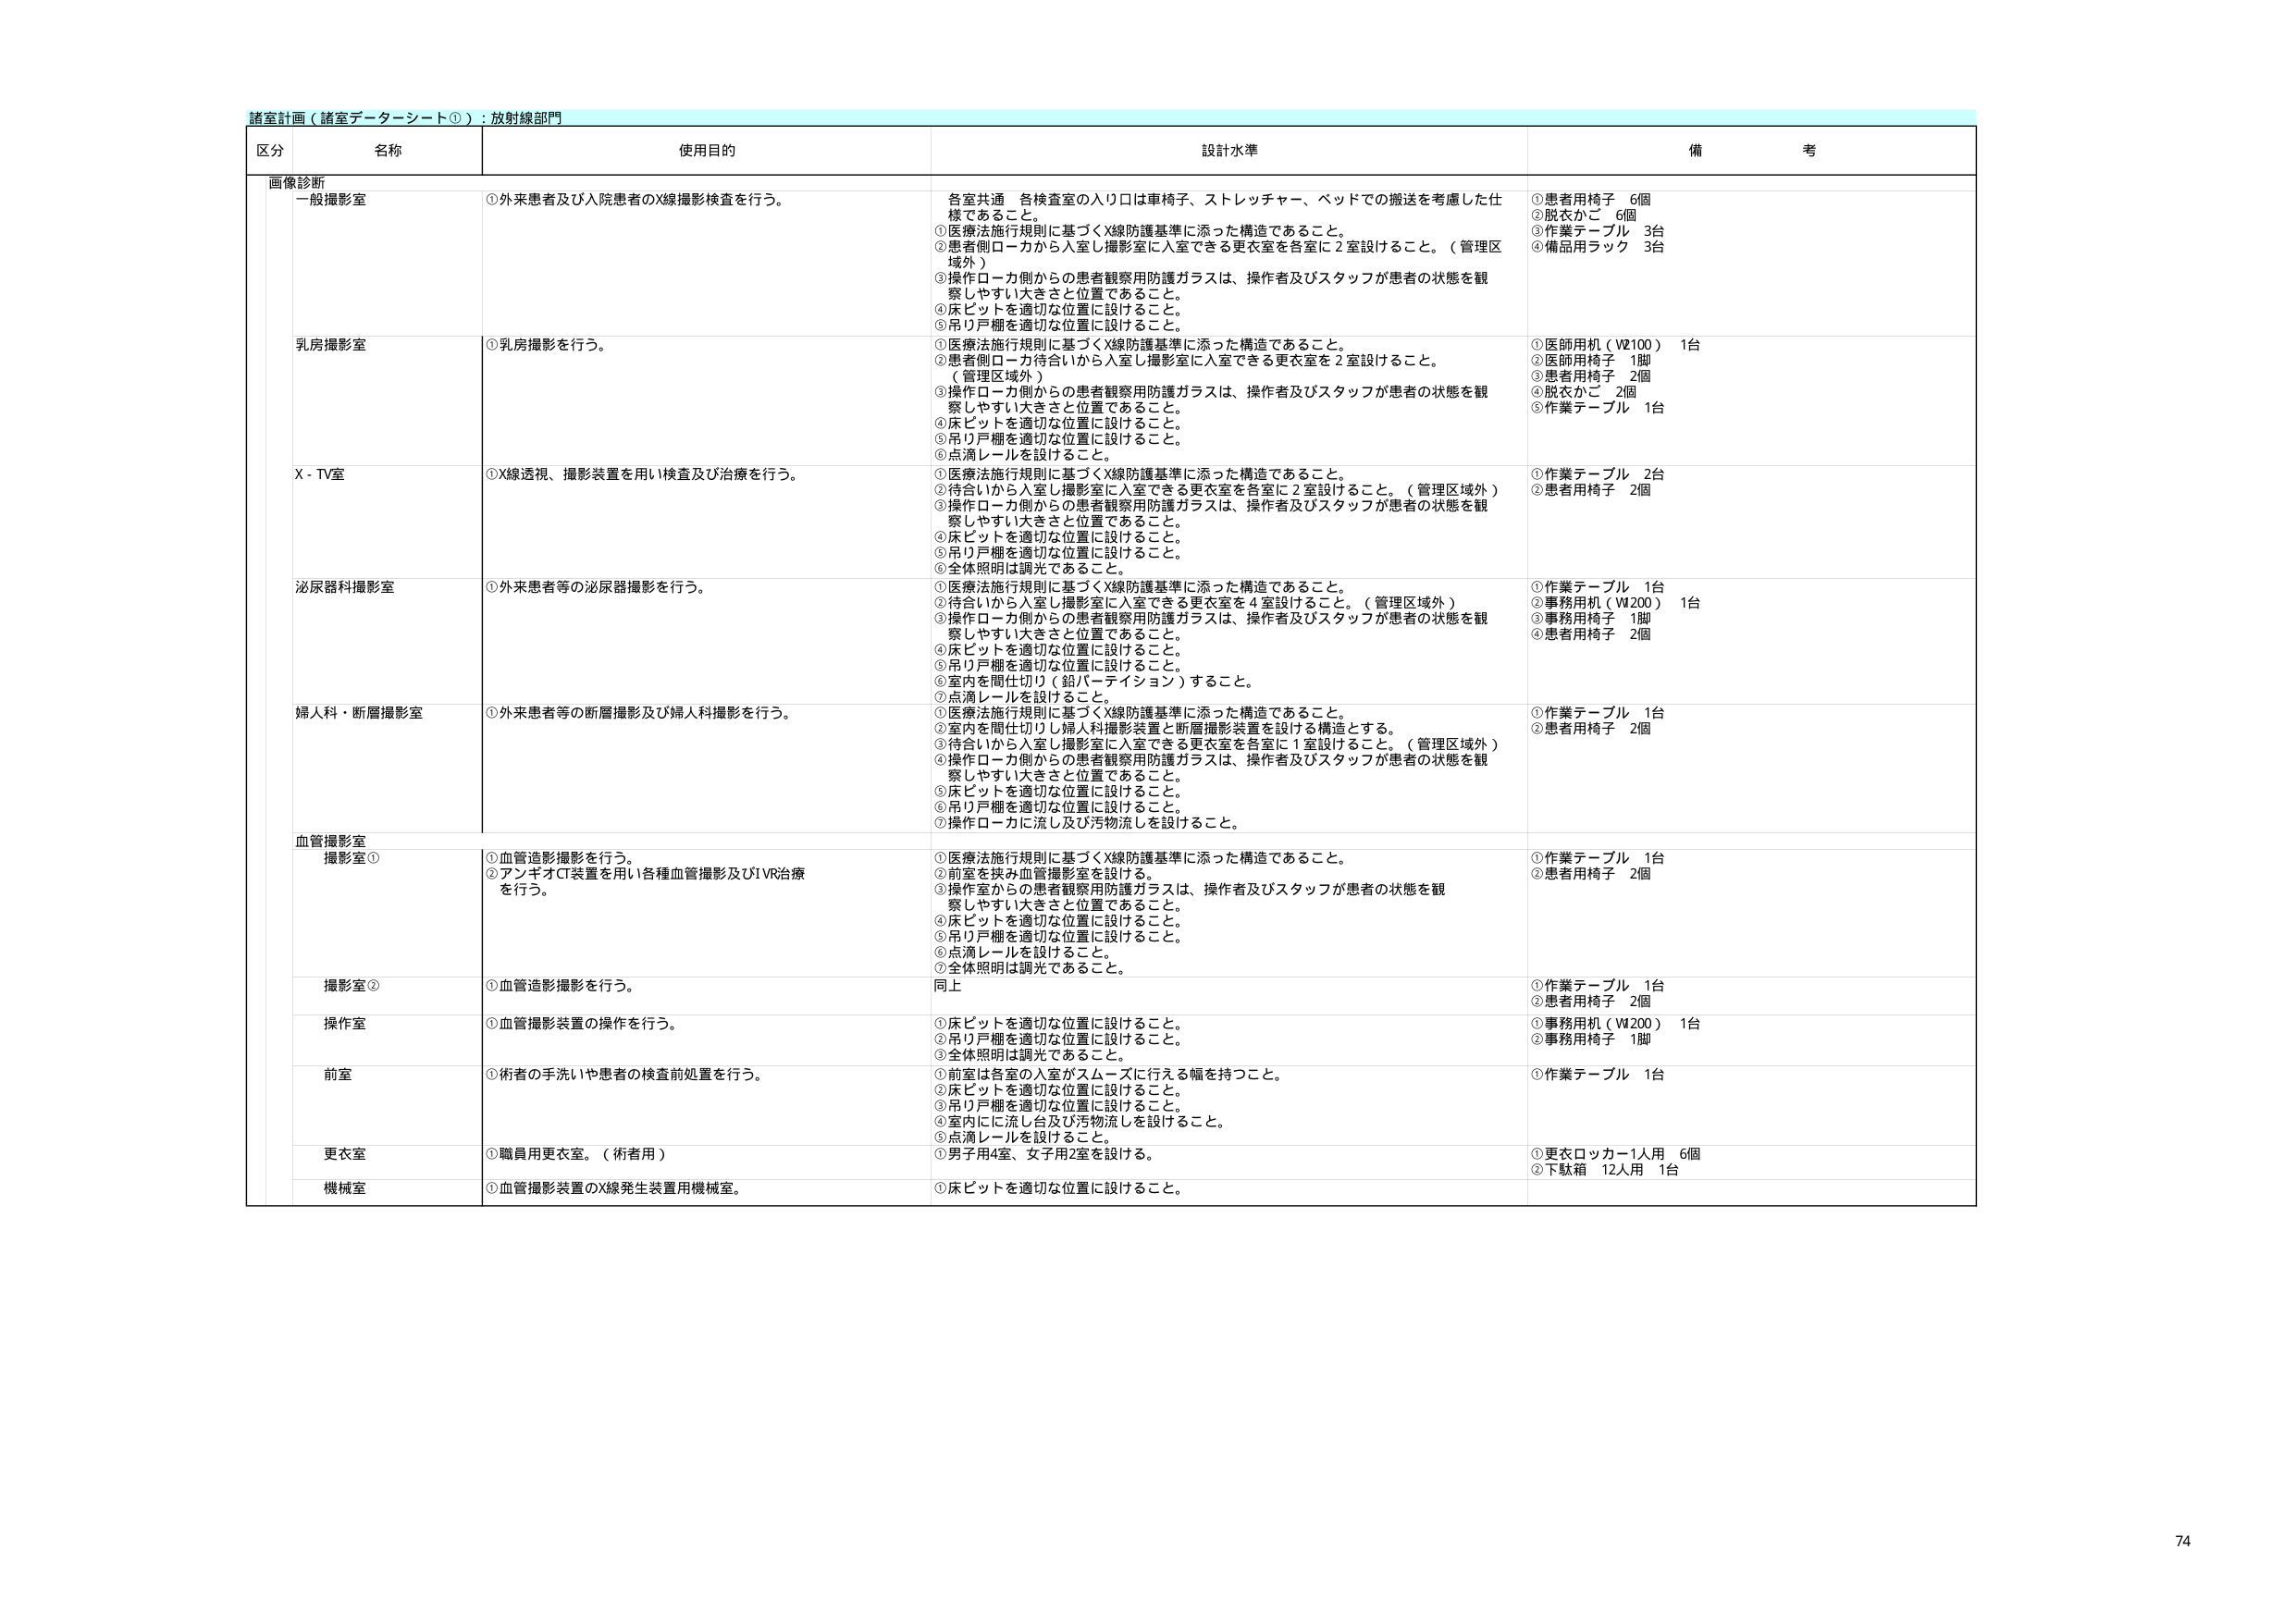
諸室計画（諸室データシート①）：放射線部門

区分 名称 使用目的 設計水準 備考

画像診断
一般撮影室 ①外来患者及び入院患者のX線撮影検査を行う。 各室共通 各検査室の入り口は車椅子、ストレッチャー、ベッドでの搬送を考慮した仕様であること。 ①医療法施行規則に基づくX線防護基準に添った構造であること。 ②患者側ローカから入室し撮影室に入室できる更衣室を各室に2室設けること。（管理区域外） ③操作ローカ側からの患者観察用防護ガラスは、操作者及びスタッフが患者の状態を観察しやすい大きさと位置であること。 ④床ピットを適切な位置に設けること。 ⑤吊り戸棚を適切な位置に設けること。 ①患者用椅子 6個 ②脱衣かご 6個 ③作業テーブル 3台 ④備品用ラック 3台

乳房撮影室 ①乳房撮影を行う。 ①医療法施行規則に基づくX線防護基準に添った構造であること。 ②患者側ローカ待合いから入室し撮影室に入室できる更衣室を2室設けること。（管理区域外） ③操作ローカ側からの患者観察用防護ガラスは、操作者及びスタッフが患者の状態を観察しやすい大きさと位置であること。 ④床ピットを適切な位置に設けること。 ⑤吊り戸棚を適切な位置に設けること。 ⑥点滴レールを設けること。 ①医師用机（V2100） 1台 ②医師用椅子 1脚 ③患者用椅子 2個 ④脱衣かご 2個 ⑤作業テーブル 1台

X-TV室 ①X線透視、撮影装置を用い検査及び治療を行う。 ①医療法施行規則に基づくX線防護基準に添った構造であること。 ②待合いから入室し撮影室に入室できる更衣室を各室に2室設けること。（管理区域外） ③操作ローカ側からの患者観察用防護ガラスは、操作者及びスタッフが患者の状態を観察しやすい大きさと位置であること。 ④床ピットを適切な位置に設けること。 ⑤吊り戸棚を適切な位置に設けること。 ⑥全体照明は調光であること。 ①作業テーブル 2台 ②患者用椅子 2個

泌尿器科撮影室 ①外来患者等の泌尿器撮影を行う。 ①医療法施行規則に基づくX線防護基準に添った構造であること。 ②待合いから入室し撮影室に入室できる更衣室を4室設けること。（管理区域外） ③操作ローカ側からの患者観察用防護ガラスは、操作者及びスタッフが患者の状態を観察しやすい大きさと位置であること。 ④床ピットを適切な位置に設けること。 ⑤吊り戸棚を適切な位置に設けること。 ⑥室内を間仕切り（鋳バーティション）すること。 ⑦点滴レールを設けること。 ①作業テーブル 1台 ②事務用机（V2200） 1台 ③事務用椅子 1脚 ④患者用椅子 2個

婦人科・断層撮影室 ①外来患者等の断層撮影及び婦人科撮影を行う。 ①医療法施行規則に基づくX線防護基準に添った構造であること。 ②室内を間仕切りし婦人科撮影装置と断層撮影装置を設ける構造とする。 ③待合いから入室し撮影室に入室できる更衣室を各室に1室設けること。（管理区域外） ④操作ローカ側からの患者観察用防護ガラスは、操作者及びスタッフが患者の状態を観察しやすい大きさと位置であること。 ⑤床ピットを適切な位置に設けること。 ⑥吊り戸棚を適切な位置に設けること。 ⑦操作ローカに流し及び汚物流しを設けること。 ①作業テーブル 1台 ②患者用椅子 2個

血管撮影室
撮影室① ①血管造影撮影を行う。 ②アンギオCT装置を用い各種血管撮影及びIVR治療を行う。 ①医療法施行規則に基づくX線防護基準に添った構造であること。 ②前室を挟み血管撮影室を設ける。 ③操作室からの患者観察用防護ガラスは、操作者及びスタッフが患者の状態を観察しやすい大きさと位置であること。 ④床ピットを適切な位置に設けること。 ⑤吊り戸棚を適切な位置に設けること。 ⑥点滴レールを設けること。 ⑦全体照明は調光であること。 ①作業テーブル 1台 ②患者用椅子 2個

撮影室② ①血管造影撮影を行う。 同上 ①作業テーブル 1台 ②患者用椅子 2個

操作室 ①血管撮影装置の操作を行う。 ①床ピットを適切な位置に設けること。 ②吊り戸棚を適切な位置に設けること。 ③全体照明は調光であること。 ①事務用机（V2200） 1台 ②事務用椅子 1脚

前室 ①術者の手洗いや患者の検査前処置を行う。 ①前室は各室の入室がスムーズに行える幅を持つこと。 ②床ピットを適切な位置に設けること。 ③吊り戸棚を適切な位置に設けること。 ④室内に流し台及び汚物流しを設けること。 ⑤点滴レールを設けること。 ①作業テーブル 1台

更衣室 ①職員用更衣室。（術者用） ①男子用4室、女子用2室を設ける。 ①更衣ロッカー1人用 6個 ②下駄箱 12人用 1台

機械室 ①血管撮影装置のX線発生装置用機械室。 ①床ピットを適切な位置に設けること。

74